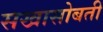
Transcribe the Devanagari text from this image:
सखासोबती